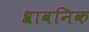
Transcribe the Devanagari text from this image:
श्रावनिक